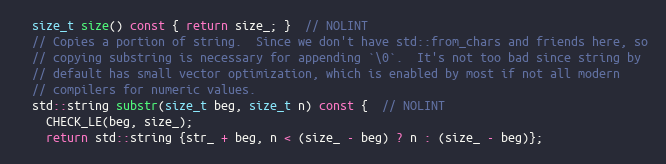
Language: C
  size_t size() const { return size_; }  // NOLINT
  // Copies a portion of string.  Since we don't have std::from_chars and friends here, so
  // copying substring is necessary for appending `\0`.  It's not too bad since string by
  // default has small vector optimization, which is enabled by most if not all modern
  // compilers for numeric values.
  std::string substr(size_t beg, size_t n) const {  // NOLINT
    CHECK_LE(beg, size_);
    return std::string {str_ + beg, n < (size_ - beg) ? n : (size_ - beg)};